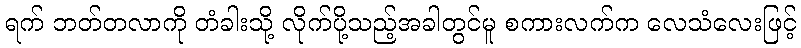
ရက် ဘတ်တလာကို တံခါးသို့ လိုက်ပို့သည့်အခါတွင်မူ စကားလက်က လေသံလေးဖြင့်